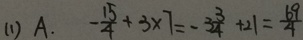
( 1 ) A . - \frac { 1 5 } { 4 } + 3 \times 7 = - 3 \frac { 3 } { 4 } + 2 1 = \frac { 6 9 } { 4 }